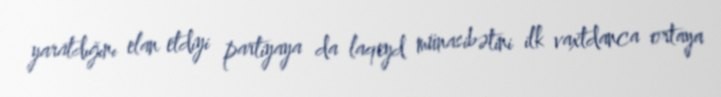
yaratdığını elan etdiyi partiyaya da laqeyd münasibətini ilk vaxtdanca ortaya